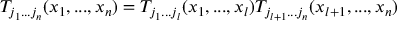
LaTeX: T _ { j _ { 1 } . . . j _ { n } } ( x _ { 1 } , . . . , x _ { n } ) = T _ { j _ { 1 } . . . j _ { l } } ( x _ { 1 } , . . . , x _ { l } ) T _ { j _ { l + 1 } . . . j _ { n } } ( x _ { l + 1 } , . . . , x _ { n } )